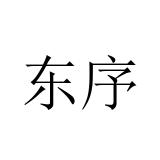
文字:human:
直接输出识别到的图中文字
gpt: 东序